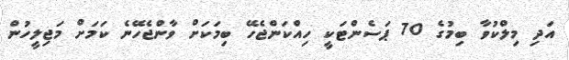
އަދި މިލްކުވާ ބިމުގެ 70 ޕަސެންޓަކީ ހިއްކަންޖެހޭ ބިމަކަށް ވާންޖެހޭނެ ކަމަށް މަޖިލީހުން